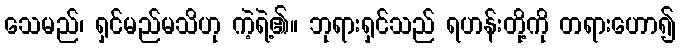
သေမည်၊ ရှင်မည်မသိဟု ကဲ့ရဲ့၏။ ဘုရားရှင်သည် ရဟန်းတို့ကို တရားဟော၍